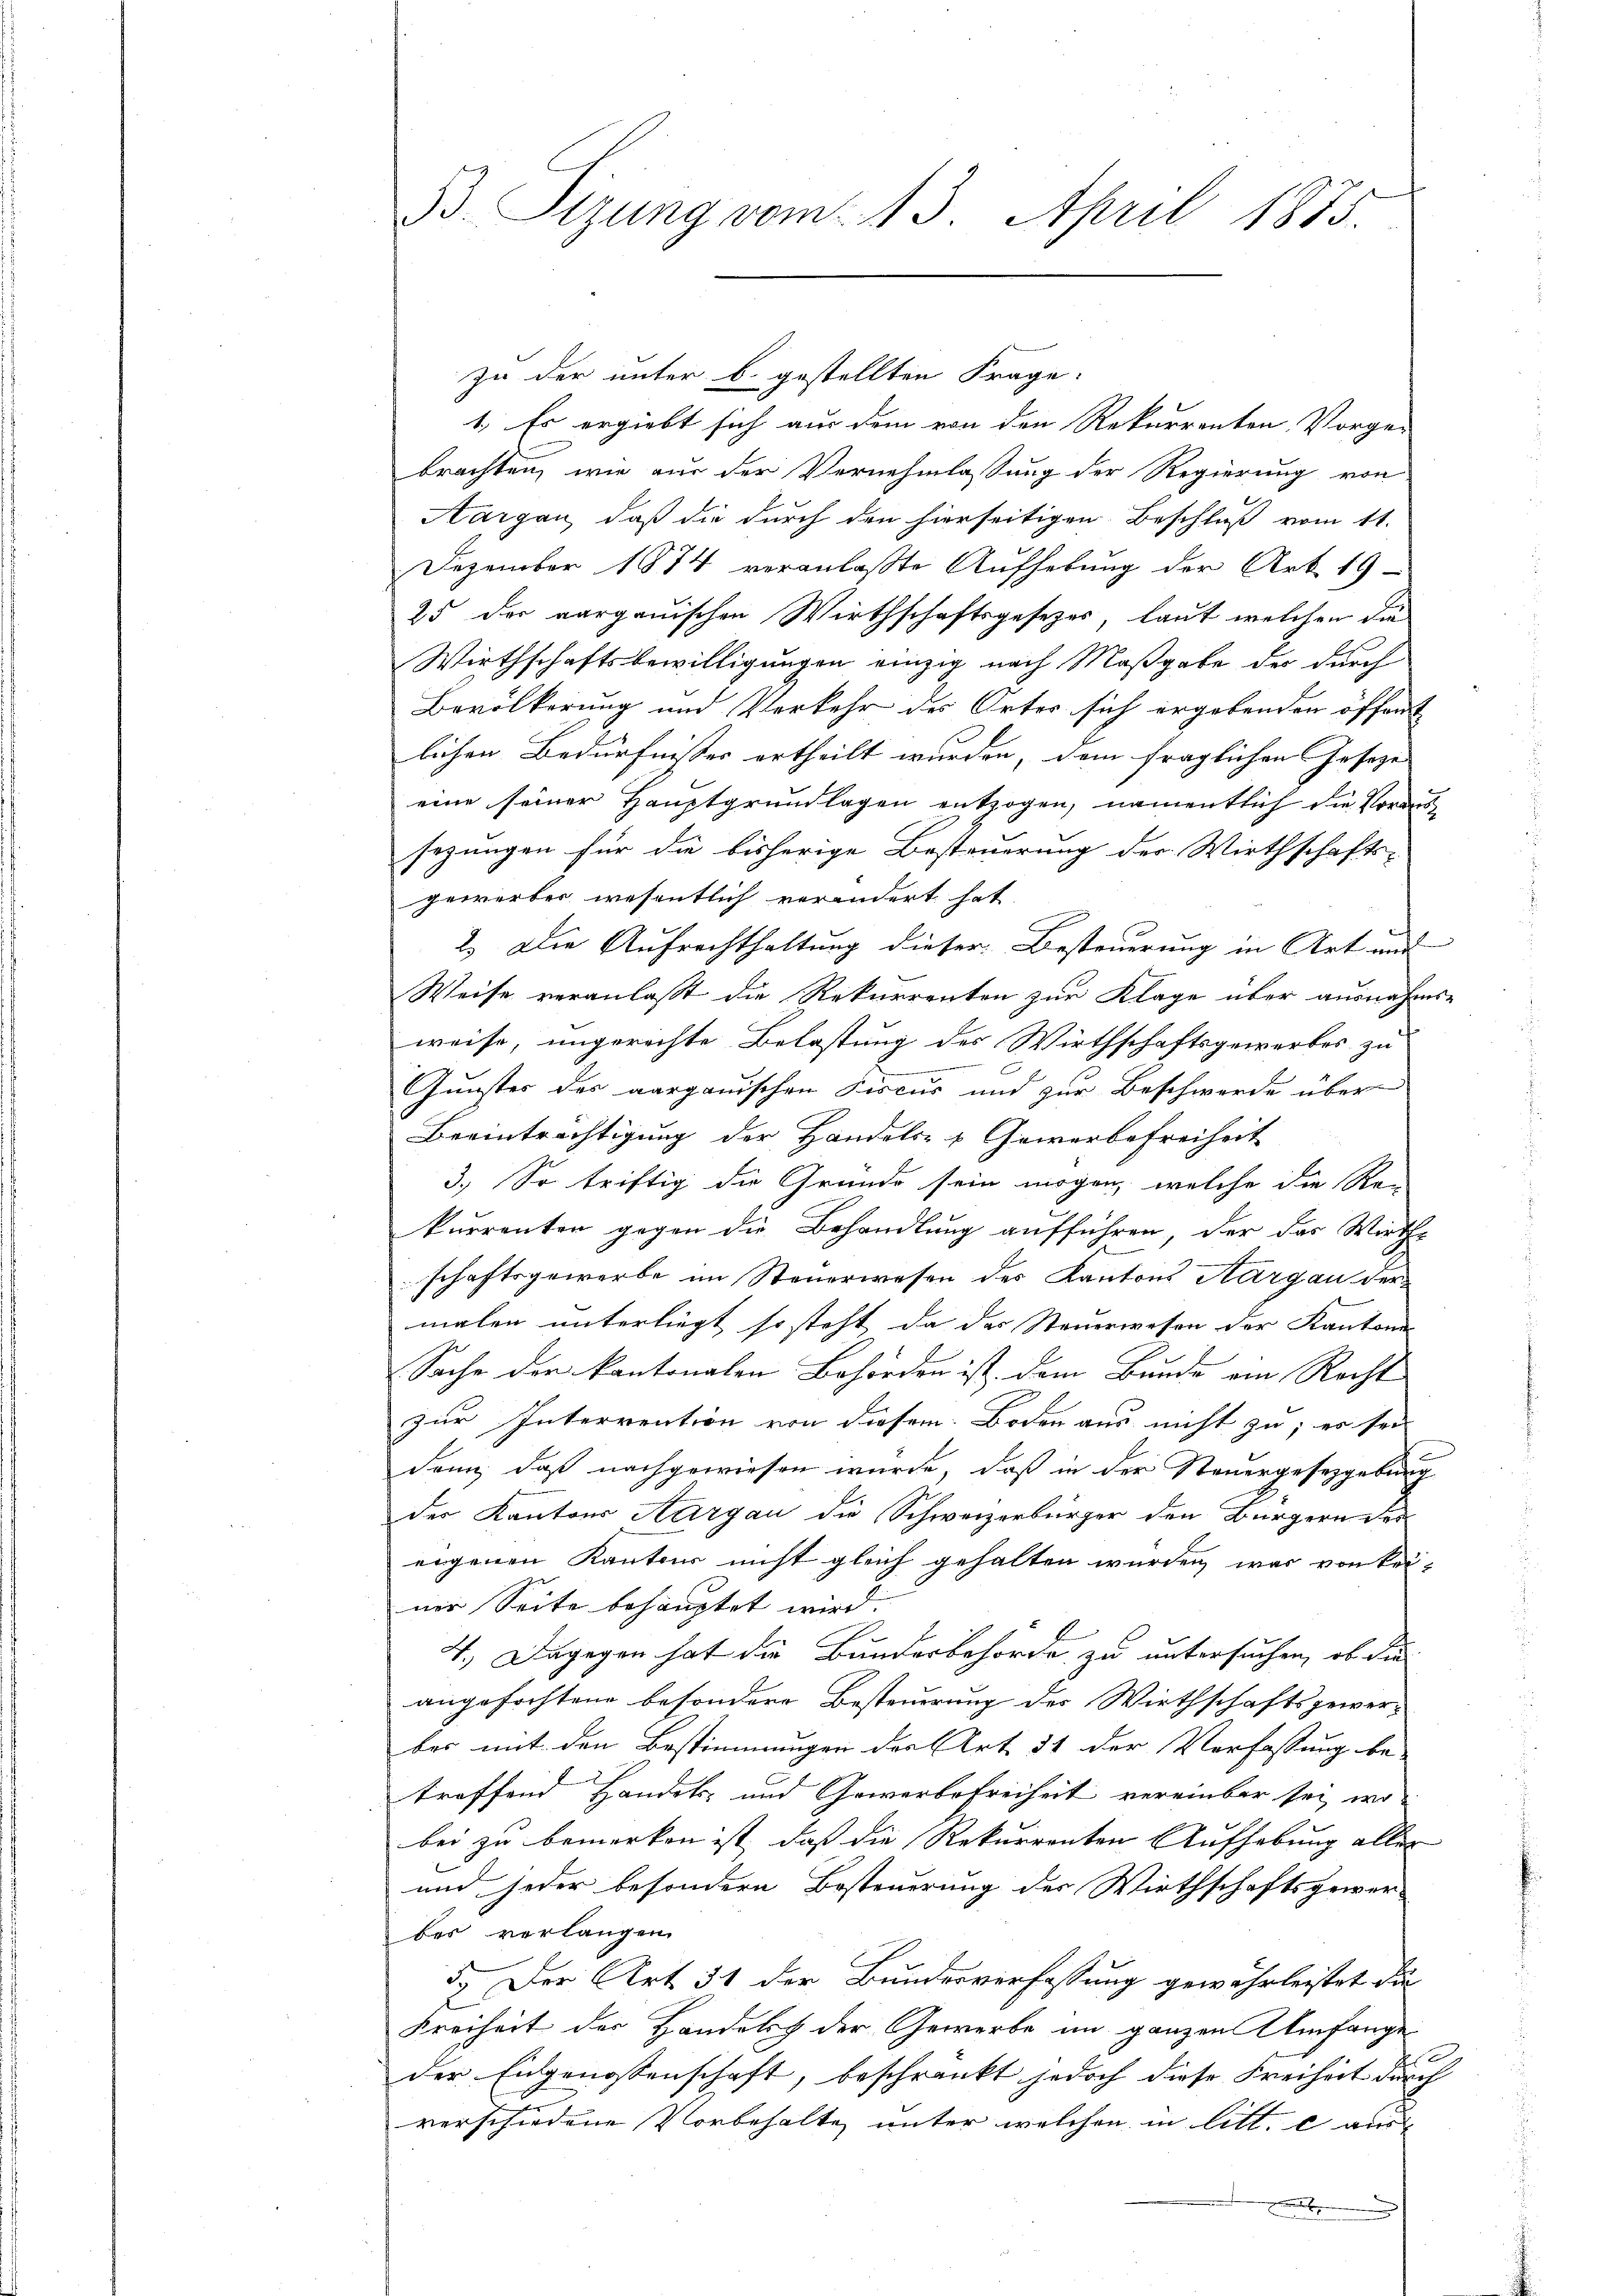
B. Sizung vom 13. April 1875.

zu der unter b. gestellten Frage.
1. Es ergiebt sich aus dem von den Rekurrenten Vorge-
brachten, wie aus der Vernehmlassung der Regierung von
Aargau, daß die durch den hierseitigen Beschluß vom 11.
Dezember 1874 veranlaßte Aufhebung der Art. 19
25 der aargauischen Wirthschaftsgesezes, laut welchen die
Wirthschaftsbewilligungen einzig nach Maßgabe der durch
Bevölkerung und Verkehr des Ortes sich ergebenden öffent
lichen Bedürfnisses ertheilt wurden, dem fraglichen Gesezes
eine seiner Hauptgrundlagen entzogen, namentlich die Voraussezungen für die bisherige Besteuerung der Wirthschafts-
gewerber wesentlich verändert hat.
2.) Die Aufrechthaltung dieser Besteuerung in Art und
Weise veranlasst die Rekurrenten zur Klage über ausnahms-
weise, ungerechte Belastung des Wirthschaftsgewerbes zu

.
Gunster der aargauischen Fiscus und zur Beschwerde über
Beeinträchtigung der Handels- & Gewerbefreiheit
3.) So triftig die Grunde sein mögen, welche die Rekurrenten gegen die Behandlung aufführen, der das Wirth-
schaftsgewerbe im Steuerwesen des Kantons Aargau der
malen unterliegt so steht da das Steuerwesen der Kantone
Sache der kantonalen Behörden ist dem Bunde ein Recht
zur Interrention von diesem Boden aus nicht zu; es sein |
dann, daß nachgewiesen wurde, daß in der Steuergesetzgebung
der Kantons Aargau die Schweizerbürger den Bürgern des
eigenen Kantons nicht gleich gehalten wurden, was von kei-
ner Seite behauptet wird.
4.) Dagegen hat die Bundesbehörde zu untersuchen, ob die
angefochtene besondere Besteuerung des Wirthschaftsgewerbes mit den Bestimmungen der Art. 31 der Verfassung be-
troffend Handels- und Gewerbefreiheit vereinbar sei, wo
bei zu bemerken ist, daß die Rekurrenten Aufhebung aller
und jeder besondern Besteuerung der Wirthschaftsgewer-
bes verlangen.
5.) Der Art. 51 der Bundesverfassung gewährleistet die
Freiheit der Handels der Gewerbe im ganzen Umfange
der Eidgenossenschaft, beschränkt jedoch diese Freiheit durch
verschiedene Vorbehalte unter welchen in litt. c au
.